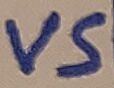
Text: VS